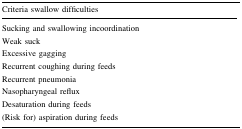
<table><thead><tr><td><b>Criteria swallow difficulties</b></td></tr></thead><tbody><tr><td>Sucking and swallowing incoordination</td></tr><tr><td>Weak suck</td></tr><tr><td>Excessive gagging</td></tr><tr><td>Recurrent coughing during feeds</td></tr><tr><td>Recurrent pneumonia</td></tr><tr><td>Nasopharyngeal reflux</td></tr><tr><td>Desaturation during feeds</td></tr><tr><td>(Risk for) aspiration during feeds</td></tr></tbody></table>